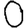
Digit: 0